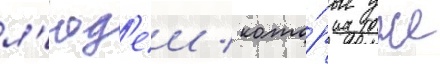
л'юд'еи / кото́рые уже